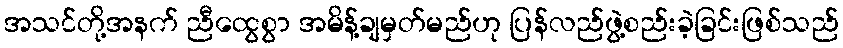
အသင်တို့အနက် ညီထွေစွာ အမိန့်ချမှတ်မည်ဟု ပြန်လည်ဖွဲ့စည်းခဲ့ခြင်းဖြစ်သည်